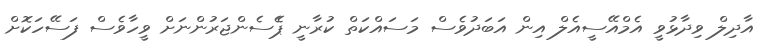
އާދިލް ވިދާޅުވީ އެމްއޭސީއެލް އިން އަބަދުވެސް މަސައްކަތް ކުރާނީ ޕެެސެންޖަރުންނަށް ވީހާވެސް ފަސޭހަކޮށް